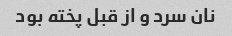
نان سرد و از قبل پخته بود